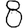
Digit: 8